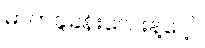
ဓာတ်ခွဲခန်းလေးနဲ့ပေါ့။